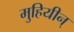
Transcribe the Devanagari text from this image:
मुहियीन्